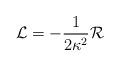
LaTeX: \begin{align*}{\cal{L}}=-\frac{1}{2\kappa^{2}}{\cal{R}}\end{align*}